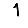
Digit: 1